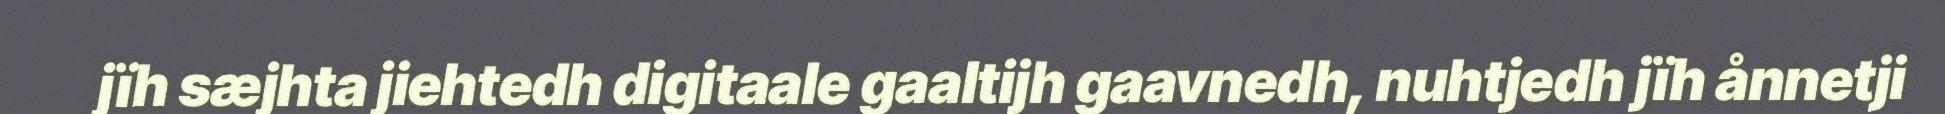
jïh sæjhta jiehtedh digitaale gaaltijh gaavnedh, nuhtjedh jïh ånnetji